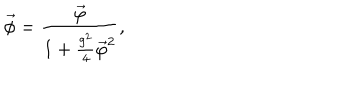
\vec { \phi } = \frac { \vec { \varphi } } { 1 + \frac { g ^ { 2 } } { 4 } { \vec { \varphi } } ^ { 2 } } ,